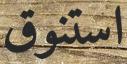
استنوق